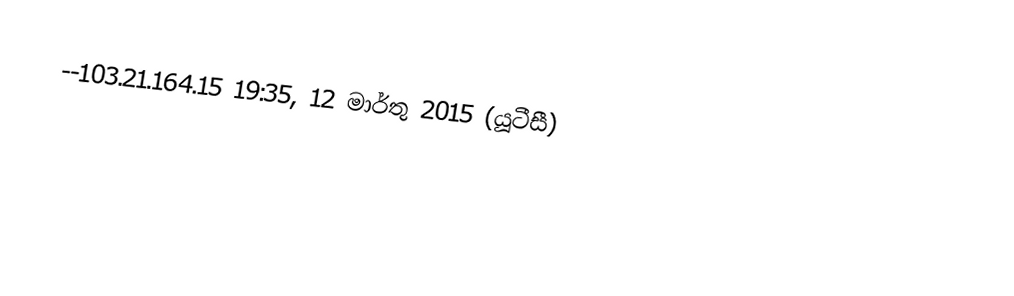
--103.21.164.15 19:35, 12 මාර්තු 2015 (යූටීසී)